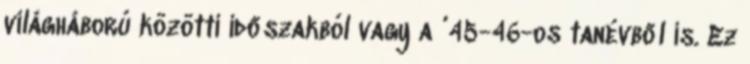
világháború közötti időszakból vagy a ’45-46-os tanévből is. Ez